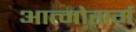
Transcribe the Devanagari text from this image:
आत्मोसर्ग